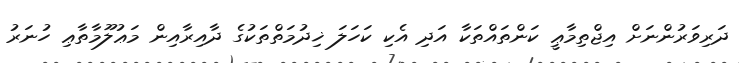
ދަރިވަރުންނަށް އިޖްތިމާޢީ ކަންތައްތަކާ އަދި އެކި ކަހަލަ ޚިދުމަތްތަކުގެ ދާއިރާއިން މަޢުލޫމާތާޢި ހުނަރު